Annual administration report of the Bombay Presidency - 1887-1892
Year: 1887
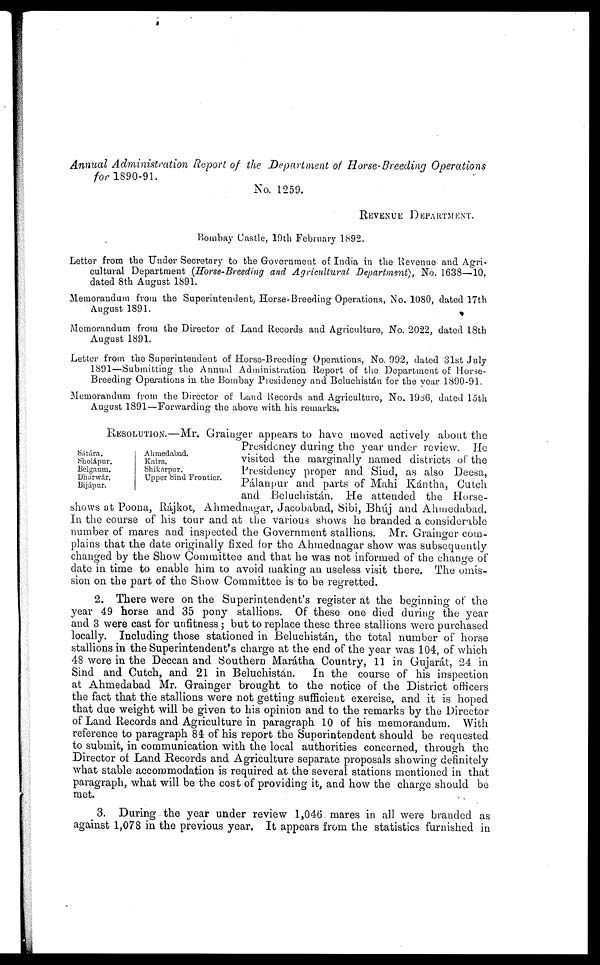
Annual Administration Report of the Department of Horse-Breeding Operations
for 1890-91.
No. 1259.
REVENUE DEPARTMENT.
Bombay Castle, 19th February 1892.
Letter from the Under Secretary to the Government of India in the Revenue and Agri-
cultural Department (Horse-Breeding and Agricultural Department), No. 1638—10,
dated 8th August 1891.
Memorandum from the Superintendent. Horse-Breeding Operations, No. 1080, dated 17th
August 1891.
Memorandum from the Director of Land Records and Agriculture, No. 2022, dated 18th
August 1891.
Letter from the Superintendent of Horse-Breeding Operations, No, 992, dated 31st July
1891—Submitting the Annual Administration Report of the Department of Horse-
Breeding Operations in the Bombay Presidency and Beluchistán for the year 1890-91.
Memorandum from the Director of Land Records and Agriculture, No. 1986, dated 15th
August 1891—Forwarding the above with his remarks.
Sátára.
Sholápur.
Belgaum.
Dhárwár.
Bijápur.
Ahmedabad.
Kaira.
Shikarpur.
Upper Sind Frontier.
RESOLUTION.—Mr. Grainger appears to have moved actively about the
Presidency during the year under review. He
visited the marginally named districts of the
Presidency proper and Sind, as also Deesa,
Pálanpur and parts of Mahi Kántha, Cutch
and Beluchistán. He attended the Horse-
shows at Poona, Rájkot, Ahmednagar, Jacobabad, Sibi, Bhúj and Ahmedabad.
In the course of his tour and at the various shows he branded a considerable
number of mares and inspected the Government stallions. Mr. Grainger com-
plains that the date originally fixed for the Ahmednagar show was subsequently
changed by the Show Committee and that he was not informed of the change of
date in time to enable him to avoid making an useless visit there. The omis-
sion on the part of the Show Committee is to be regretted.
2. There were on the Superintendent's register at the beginning of the
year 49 horse and 35 pony stallions. Of these one died during the year
and 3 were cast for unfitness; but to replace these three stallions were purchased
locally. Including those stationed in Beluchistán, the total number of horse
stallions in the Superintendent's charge at the end of the year was 104, of which
48 were in the Deccan and Southern Marátha Country, 11 in Gujarát, 24 in
Sind and Cutch, and 21 in Beluchistán.
In the course of his inspection
at Ahmedabad Mr. Grainger brought to the notice of the District officers
the fact that the stallions were not getting sufficient exercise, and it is hoped
that due weight will be given to his opinion and to the remarks by the Director
of Land Records and Agriculture in paragraph 10 of his memorandum. With
reference to paragraph 84 of his report the Superintendent should be requested
to submit, in communication with the local authorities concerned, through the
Director of Land Records and Agriculture separate proposals showing definitely
what stable accommodation is required at the several stations mentioned in that
paragraph, what will be the cost of providing it, and how the charge should be
met.
3. During the year under review 1,046 mares in all were branded as
against 1,078 in the previous year. It appears from the statistics furnished in